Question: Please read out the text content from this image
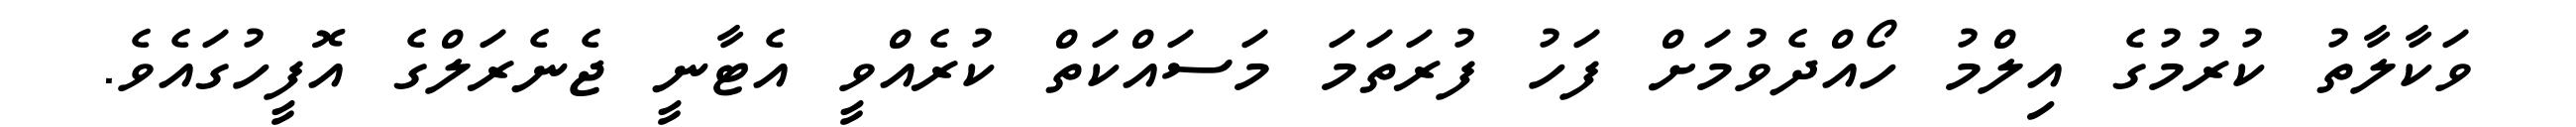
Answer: ވަކާލާތު ކުރުމުގެ އިލްމު ހޯއްދެވުމަށް ފަހު ފުރަތަމަ މަސައްކަތް ކުރެއްވީ އެޓާނީ ޖެނެރަލްގެ އޮފީހުގައެވެ.